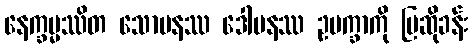
နေက္ခမ္မဿိတ သောမနဿ ဒေါမနဿ ဥပက္ခာကို ပြဆိုခန်း